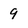
Character: 9